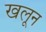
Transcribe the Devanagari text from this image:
खलून